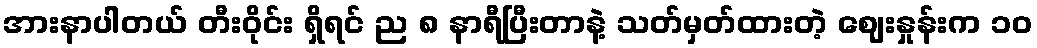
အားနာပါတယ် တီးဝိုင်း ရှိရင် ည ၈ နာရီပြီးတာနဲ့ သတ်မှတ်ထားတဲ့ ဈေးနှုန်းက ၁၀